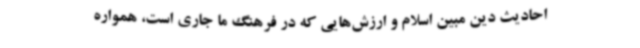
احادیث دین مبین اسلام و ارزش‌هایی که در فرهنگ ما جاری است، همواره